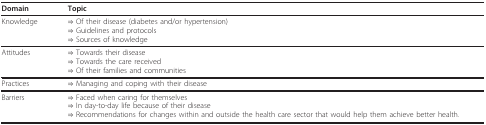
<table><thead><tr><td><b>Domain</b></td><td><b>Topic</b></td></tr></thead><tbody><tr><td>Knowledge</td><td>⇒ Of their disease (diabetes and/or hypertension)⇒ Guidelines and protocols⇒ Sources of knowledge</td></tr><tr><td>Attitudes</td><td>⇒ Towards their disease⇒ Towards the care received⇒ Of their families and communities</td></tr><tr><td>Practices</td><td>⇒ Managing and coping with their disease</td></tr><tr><td>Barriers</td><td>⇒ Faced when caring for themselves⇒ In day-to-day life because of their disease⇒ Recommendations for changes within and outside the health care sector that would help them achieve better health.</td></tr></tbody></table>